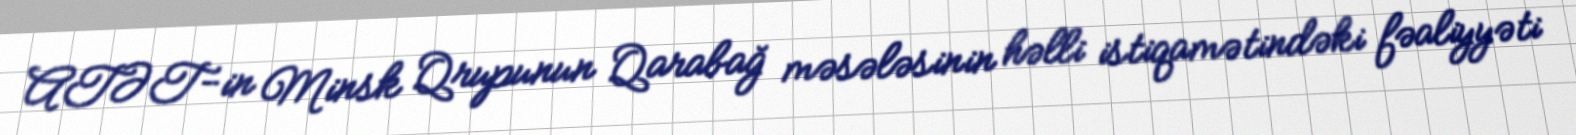
ATƏT-in Minsk Qrupunun Qarabağ məsələsinin həlli istiqamətindəki fəaliyyəti